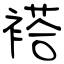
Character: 褡